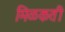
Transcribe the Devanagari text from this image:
मिळकती